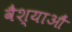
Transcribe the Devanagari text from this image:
वैश्याऔं